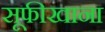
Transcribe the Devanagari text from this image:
सूफीखाना